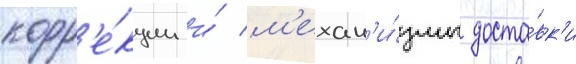
корр'е́кции и́ м'ехан'и́змы доста́вк'и